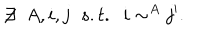
LaTeX: \not \! \exists \; \; A , i , j \; \; s . t . \; \; i \sim ^ { A } j ^ { \prime } .